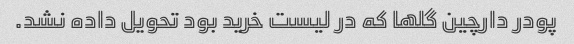
پودر دارچین گلها که در لیست خرید بود تحویل داده نشد.